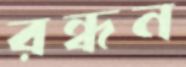
রন্ধন